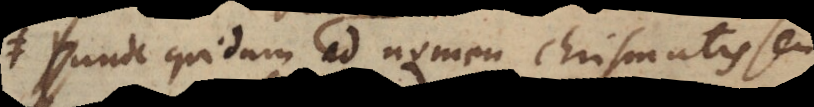
um ad nomen chrismatis seu